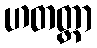
ဟတတ္တာ